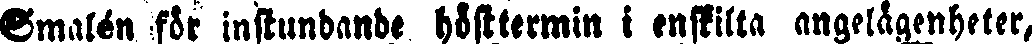
Omalén för instundande hösttermin i enskilta angelägenheter,